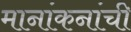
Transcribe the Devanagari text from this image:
मानांकनांची